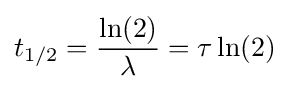
t_{1/2}={\frac {\ln(2)}{\lambda }}=\tau \ln(2)